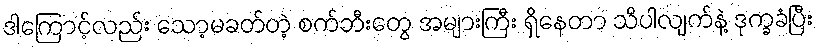
ဒါကြောင့်လည်း သော့မခတ်တဲ့ စက်ဘီးတွေ အများကြီး ရှိနေတာ သိပါလျက်နဲ့ ဒုက္ခခံပြီး